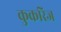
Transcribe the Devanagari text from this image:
कुकरिज